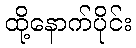
ထို့နောက်ပိုင်း